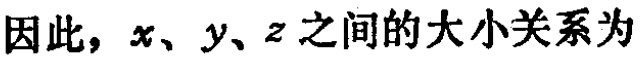
因此，\(x、y、z\)之间的大小关系为